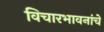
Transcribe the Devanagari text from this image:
विचारभावनांचे